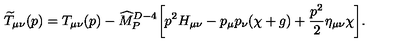
{ \widetilde T } _ { \mu \nu } ( p ) = T _ { \mu \nu } ( p ) - { \widehat M } _ { P } ^ { D - 4 } \biggl [ p ^ { 2 } H _ { \mu \nu } - p _ { \mu } p _ { \nu } ( \chi + g ) + { \frac { p ^ { 2 } } { 2 } } \eta _ { \mu \nu } \chi \biggr ] .